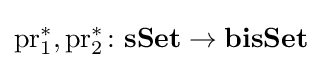
\operatorname {pr} _{1}^{*},\operatorname {pr} _{2}^{*}\colon \mathbf {sSet} \rightarrow \mathbf {bisSet}